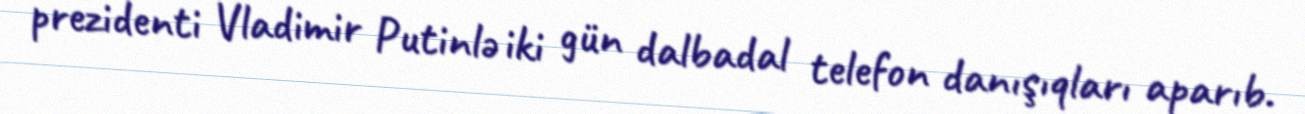
prezidenti Vladimir Putinlə iki gün dalbadal telefon danışıqları aparıb.